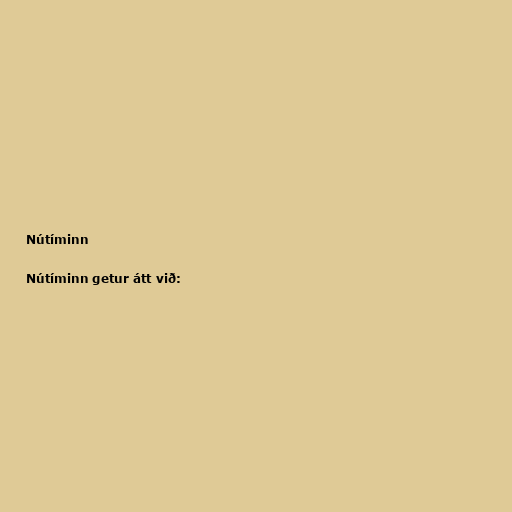
Nútíminn

Nútíminn getur átt við: